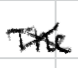
Text: The
Cross-out: cross
Writing tool: digital_black